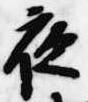
夜